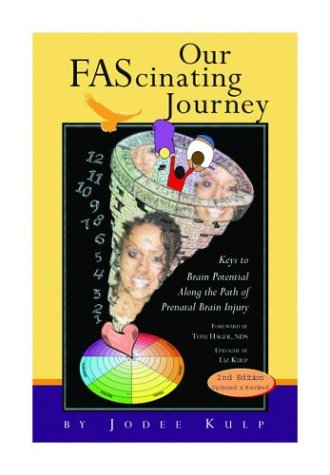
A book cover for Our FAScinating Journey: Keys to Brain Potential Along the Path of Prenatal Brain Injury, Second Edition; Jodee Kulp; Health, Fitness & Dieting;